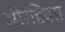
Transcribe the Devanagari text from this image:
मेरिडियस